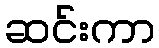
ဆင်းကာ